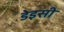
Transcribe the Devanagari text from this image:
डेइसी